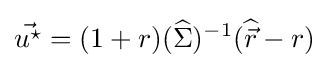
{\vec {u^{\star }}}=(1+r)({\widehat {\Sigma }})^{-1}({\widehat {\vec {r}}}-r)